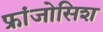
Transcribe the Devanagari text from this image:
फ्रांजोसिश